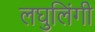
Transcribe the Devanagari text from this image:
लघुलिंगी